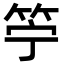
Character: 䇡